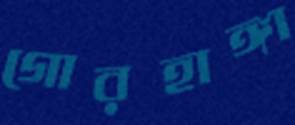
গোরহাঙ্গা